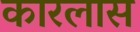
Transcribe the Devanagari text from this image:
कारलास